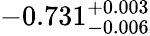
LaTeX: -0.731_{-0.006}^{+0.003}